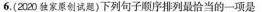
6.(2020独家原创试题)下列句子顺序排列最恰当的一项是